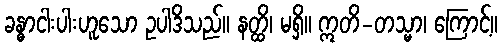
ခန္ဓာငါးပါးဟူသော ဥပါဒိသည်။ နတ္ထိ၊ မရှိ။ ဣတိ-တသ္မာ၊ ကြောင့်။